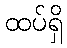
ထပ်ရှိ